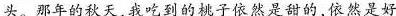
头。那年的秋天，我吃到的桃子依然是甜的，依然是好